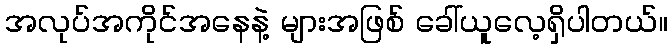
အလုပ်အကိုင်အနေနဲ့ များအဖြစ် ခေါ်ယူလေ့ရှိပါတယ်။